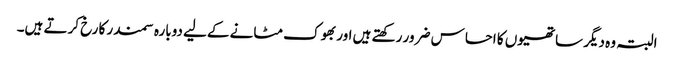
البتہ وہ دیگر ساتھیوں کا احساس ضرور رکھتے ہیں اور بھوک مٹانے کےلیے دوبارہ سمندر کا رخ کرتے ہیں۔